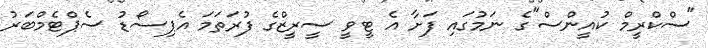
"ސްކްރީމް ކުއީންސް"ގެ ނަމުގައި ފަށާ އެ ޓީވީ ސީރީޒްގެ ފުރަތަމަ އެޕިސޯޑު ސެޕްޓެމްބަރު